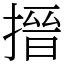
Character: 搢